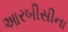
આરબીસીના